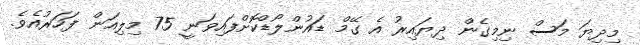
މިދިޔަ މަސް ނިމިގެން ދިޔައިރު އެ ގޭމް ޑައުންލޯޑްކޮށްފައިވަނީ 75 މިލިއަން ފަހަރުއެވެ.